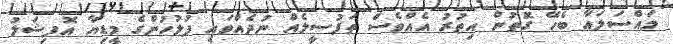
މައްސަލައާ ބެހޭ ގޮތުން އިތުރު އެއްވެސް ތަފުސީލެއް ނުދެއްވައި ފުލުހުންގެ މީޑިޔާ އޮފިޝަލު